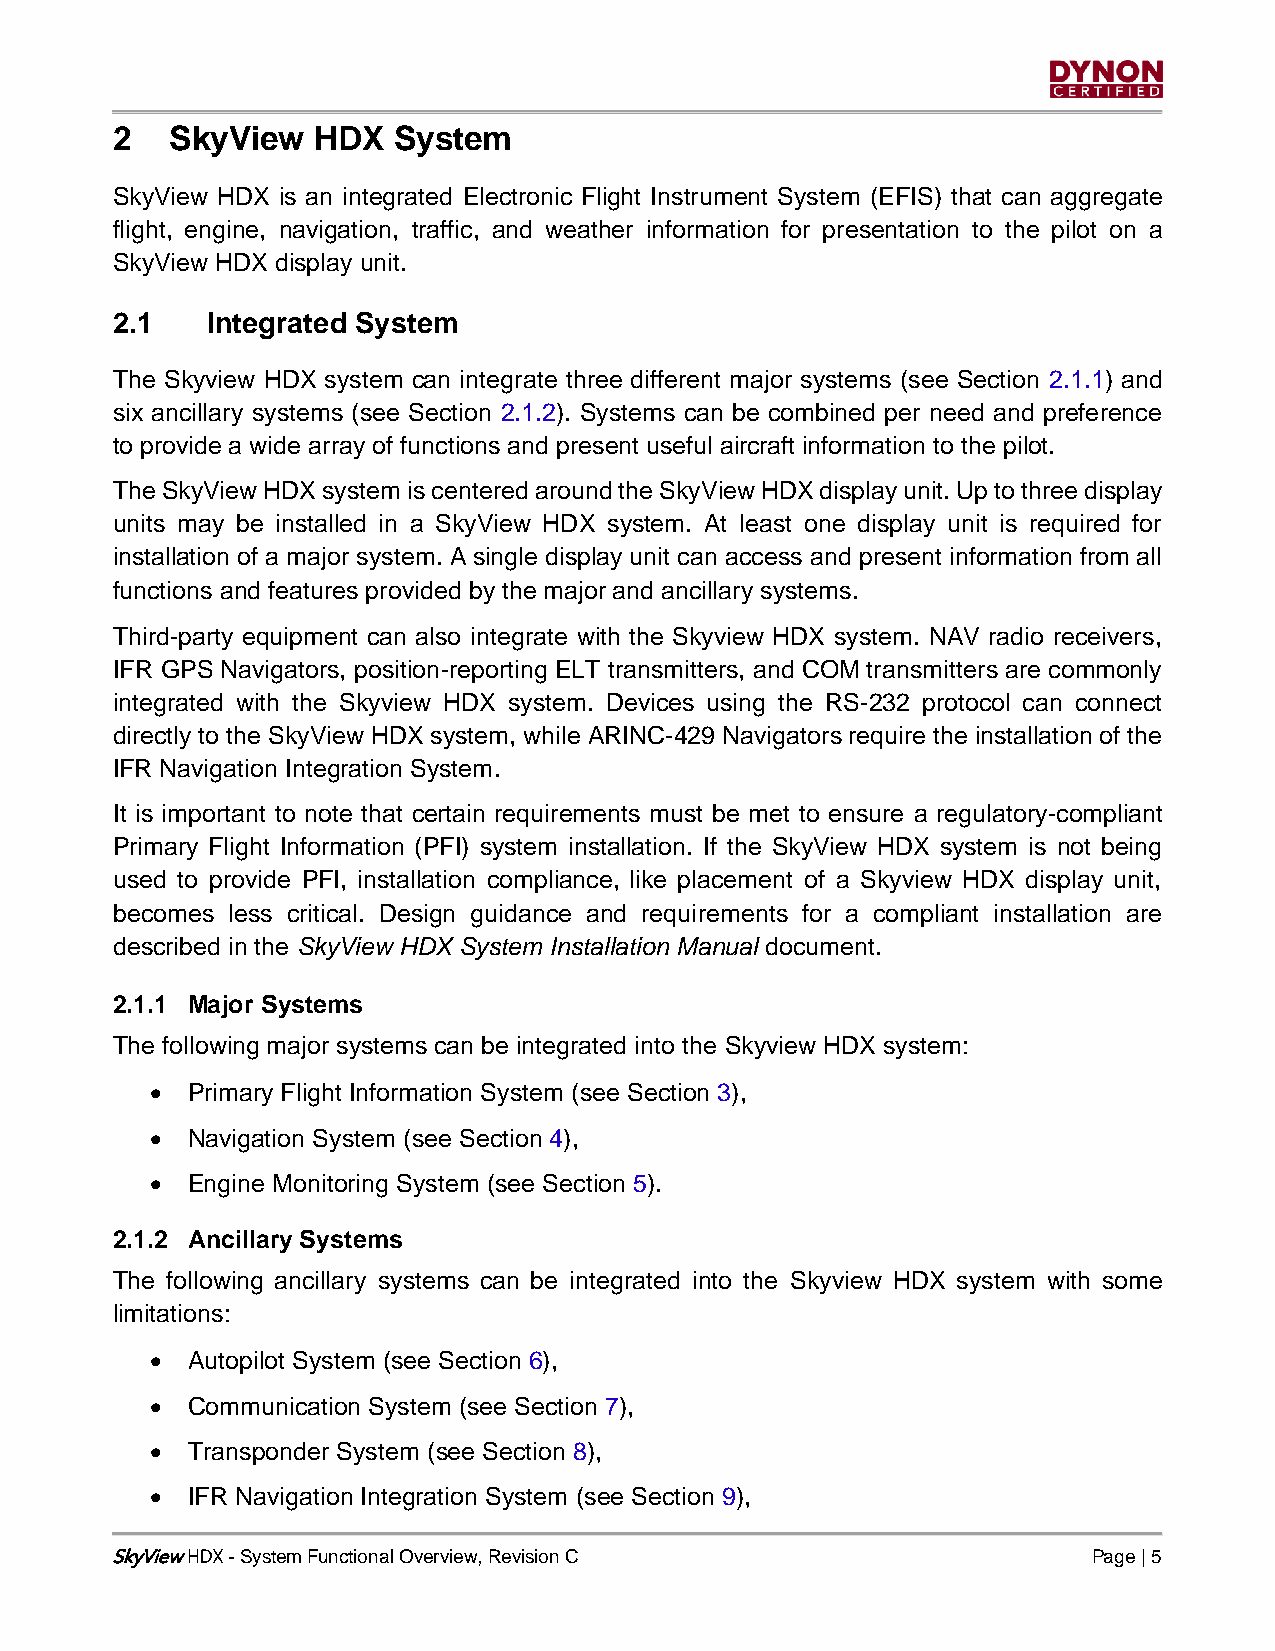
2   SkyView   HDX  System
 SkyView HDX is an integrated Electronic Flight Instrument System (EFIS) that can aggregate
 flight, engine, navigation, traffic, and weather information for presentation to the pilot on a
 SkyView HDX display unit.
 2.1    Integrated System
 The Skyview HDX system can integrate three different major systems (see Section 2.1.1) and
 six ancillary systems (see Section 2.1.2). Systems can be combined per need and preference
 to provide a wide array of functions and present useful aircraft information to the pilot.
 The SkyView HDX system is centered around the SkyView HDX display unit. Up to three display
 units may be installed in a SkyView HDX system. At least one display unit is required for
 installation of a major system. A single display unit can access and present information from all
 functions and features provided by the major and ancillary systems.
 Third-party equipment can also integrate with the Skyview HDX system. NAV radio receivers,
 IFR GPS Navigators, position-reporting ELT transmitters, and COM transmitters are commonly
 integrated with the Skyview HDX system. Devices using the RS-232 protocol can connect
 directly to the SkyView HDX system, while ARINC-429 Navigators require the installation of the
 IFR Navigation Integration System.
 It is important to note that certain requirements must be met to ensure a regulatory-compliant
 Primary Flight Information (PFI) system installation. If the SkyView HDX system is not being
 used to provide PFI, installation compliance, like placement of a Skyview HDX display unit,
 becomes less critical. Design guidance and requirements for a compliant installation are
 described in the SkyView HDX System Installation Manual document.
 2.1.1 Major Systems
 The following major systems can be integrated into the Skyview HDX system:
 • Primary Flight Information System (see Section 3),
 • Navigation System (see Section 4),
 • Engine Monitoring System (see Section 5).
 2.1.2 Ancillary Systems
 The following ancillary systems can be integrated into the Skyview HDX system with some
 limitations:
 • Autopilot System (see Section 6),
 • Communication System (see Section 7),
 • Transponder System (see Section 8),
 • IFR Navigation Integration System (see Section 9),
 SkyView - System Functional Overview, Revision C                 Page | 5